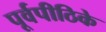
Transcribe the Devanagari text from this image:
पूर्वपीठिके